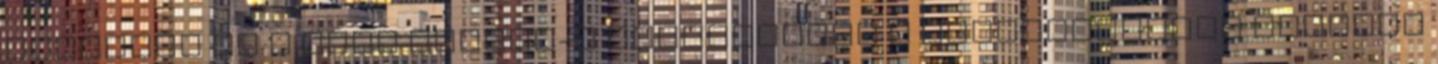
kritikák és a Wall Street-i kapcsolatok a csillagászati előadói